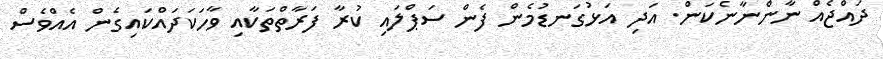
ދައްޖެއް ނާންނާނެކަން. އަދި އަޅުގަނޑުމެން ފެން ސަޕްލައި ކުރާ ފަރާތްތަކާއި ވާހަކަދައްކައިގެން އެއްވެސް